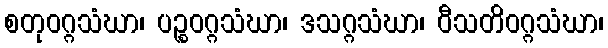
စတုဝဂ္ဂသံဃာ၊ ပဉ္စဝဂ္ဂသံဃာ၊ ဒသဂ္ဂသံဃာ၊ ဝီသတိဝဂ္ဂသံဃာ၊